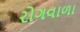
રોગવાળા